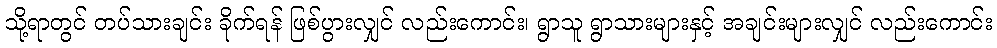
သို့ရာတွင် တပ်သားချင်း ခိုက်ရန် ဖြစ်ပွားလျှင် လည်းကောင်း၊ ရွာသူ ရွာသားများနှင့် အချင်းများလျှင် လည်းကောင်း